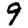
Digit: 9